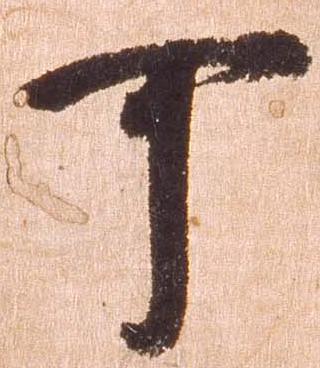
可